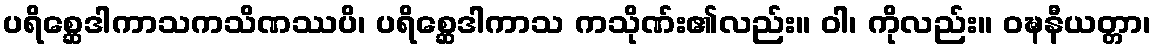
ပရိစ္ဆေဒါကာသကသိဏဿပိ၊ ပရိစ္ဆေဒါကာသ ကသိုဏ်း၏လည်း။ ဝါ၊ ကိုလည်း။ ဝဍ္ဎနီယတ္တာ၊